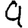
Digit: 9